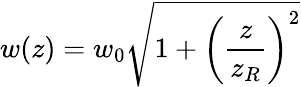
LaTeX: w(z)=w_{0}{\sqrt{1+\left({\frac{z}{z_{R}}}\right)^{2}}}